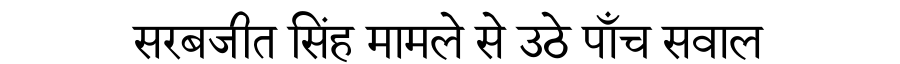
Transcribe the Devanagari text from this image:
सरबजीत सिंह मामले से उठे पाँच सवाल